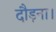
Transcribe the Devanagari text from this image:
दौड़ना।